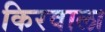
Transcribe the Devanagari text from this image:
किरवाला